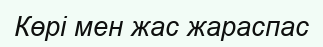
Көрі мен жас жараспас